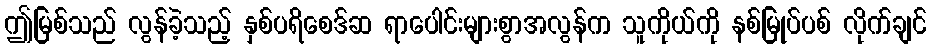
ဤမြစ်သည် လွန်ခဲ့သည့် နှစ်ပရိစေဒ်ဆ ရာပေါင်းများစွာအလွန်က သူကိုယ်ကို နစ်မြုပ်ပစ် လိုက်ချင်